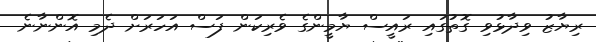
ރިޔާޒު ވިދާާޅުވި ގޮތުގައި ރައީސް ޔާމީންގެ ވެރިކަން ފަސް އަހަރަށް ދެމި އޮންނާނެ